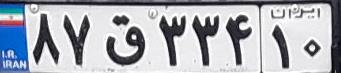
۸۷ق۳۳۴۱۰